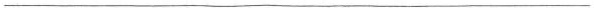
___